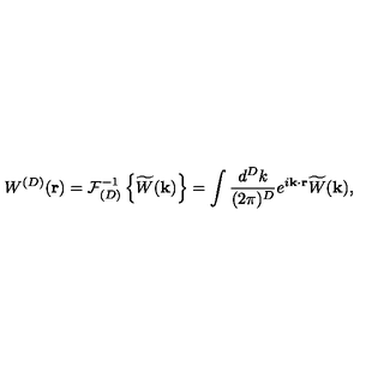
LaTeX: W ^ { ( { D } ) } ( { \bf r } ) = { \mathcal F } _ { ( { D } ) } ^ { - 1 } \left\{ \widetilde { W } ( { \bf k } ) \right\} = \int \frac { d ^ { { D } } k } { ( 2 \pi ) ^ { { D } } } e ^ { i { \bf k } \cdot { \bf r } } \widetilde { W } ( { \bf k } ) ,